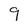
Character: 9